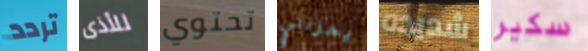
تردد للأذى تحتوي يحزنني شديده سكير